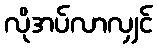
လိုအပ်လာလျှင်